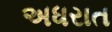
અધરાત